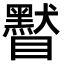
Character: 䁿